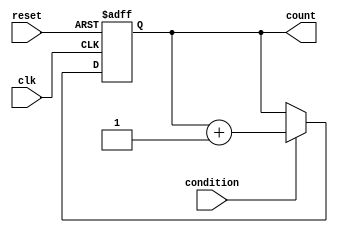
module while_loop_example (
    input wire clk,
    input wire reset,
    input wire condition,
    output reg [31:0] count
);

always @(posedge clk or posedge reset) begin
    if (reset) begin
        count <= 0;
    end else begin
        if (condition) begin
            count <= count + 1;
        end
    end
end

endmodule